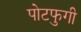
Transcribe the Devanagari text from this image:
पोटफुगी